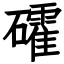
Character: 礭